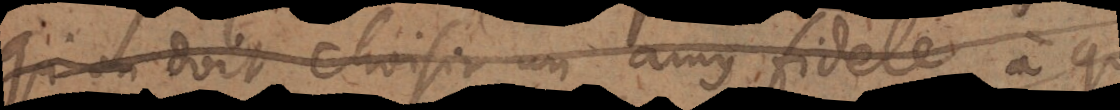
doit choisir un amy fidele à qui